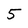
Character: 5